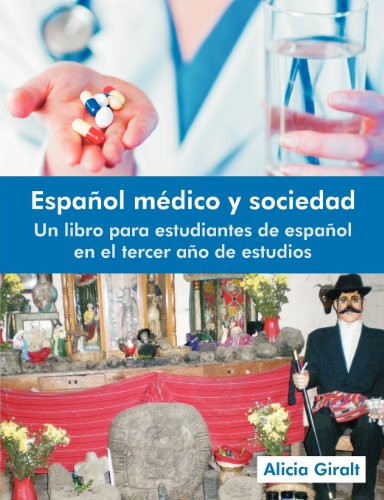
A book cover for Espanol Medico y Sociedad: Un Libro Para Estudiantes de Espanol En El Tercer Ano de Estudios; Alicia Giralt; Reference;